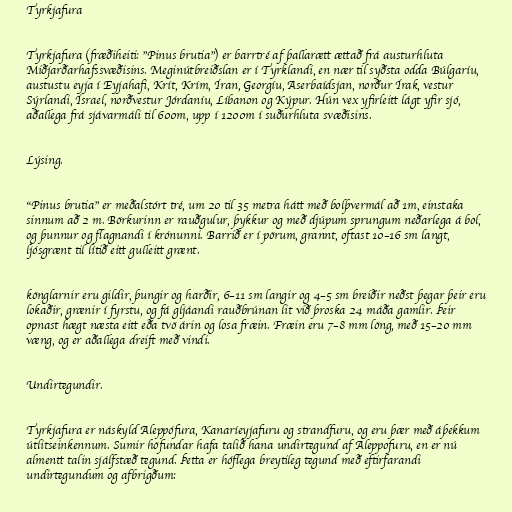
Tyrkjafura

Tyrkjafura (fræðiheiti: "Pinus brutia") er barrtré af þallarætt ættað frá austurhluta
Miðjarðarhafssvæðisins. Meginútbreiðslan er í Tyrklandi, en nær til syðsta odda Búlgaríu,
austustu eyja í Eyjahafi, Krít, Krím, Íran, Georgíu, Aserbaídsjan, norður Írak, vestur
Sýrlandi, Ísrael, norðvestur Jórdaníu, Líbanon og Kýpur. Hún vex yfirleitt lágt yfir sjó,
aðallega frá sjávarmáli til 600m, upp í 1200m í suðurhluta svæðisins.

Lýsing.

"Pinus brutia" er meðalstórt tré, um 20 til 35 metra hátt með bolþvermál að 1m, einstaka
sinnum að 2 m. Börkurinn er rauðgulur, þykkur og með djúpum sprungum neðarlega á bol,
og þunnur og flagnandi í krónunni. Barrið er í pörum, grannt, oftast 10–16 sm langt,
ljósgrænt til lítið eitt gulleitt grænt.

könglarnir eru gildir, þungir og harðir, 6–11 sm langir og 4–5 sm breiðir neðst þegar þeir eru
lokaðir, grænir í fyrstu, og fá gljáandi rauðbrúnan lit við þroska 24 máða gamlir. Þeir
opnast hægt næsta eitt eða tvö árin og losa fræin. Fræin eru 7–8 mm löng, með 15–20 mm
væng, og er aðallega dreift með vindi.

Undirtegundir.

Tyrkjafura er náskyld Aleppófura, Kanaríeyjafuru og strandfuru, og eru þær með áþekkum
útlitseinkennum. Sumir höfundar hafa talið hana undirtegund af Aleppofuru, en er nú
almentt talin sjálfstæð tegund. Þetta er hóflega breytileg tegund með eftirfarandi
undirtegundum og afbrigðum: